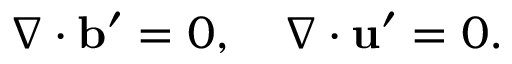
\nabla \cdot \mathbf { b } ^ { \prime } = 0 , \quad \nabla \cdot \mathbf { u } ^ { \prime } = 0 .